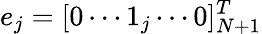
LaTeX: e_{j}=[0\cdots{1}_{j}\cdots 0]_{N+1}^{T}